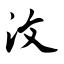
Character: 汶